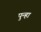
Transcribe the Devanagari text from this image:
पुन्‍हा